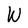
Character: W